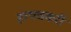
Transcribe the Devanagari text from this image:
हाथचकरी